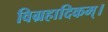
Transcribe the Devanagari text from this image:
विग्रहादिकम्।